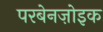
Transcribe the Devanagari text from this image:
परबेनज़ोइक